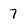
Character: 7